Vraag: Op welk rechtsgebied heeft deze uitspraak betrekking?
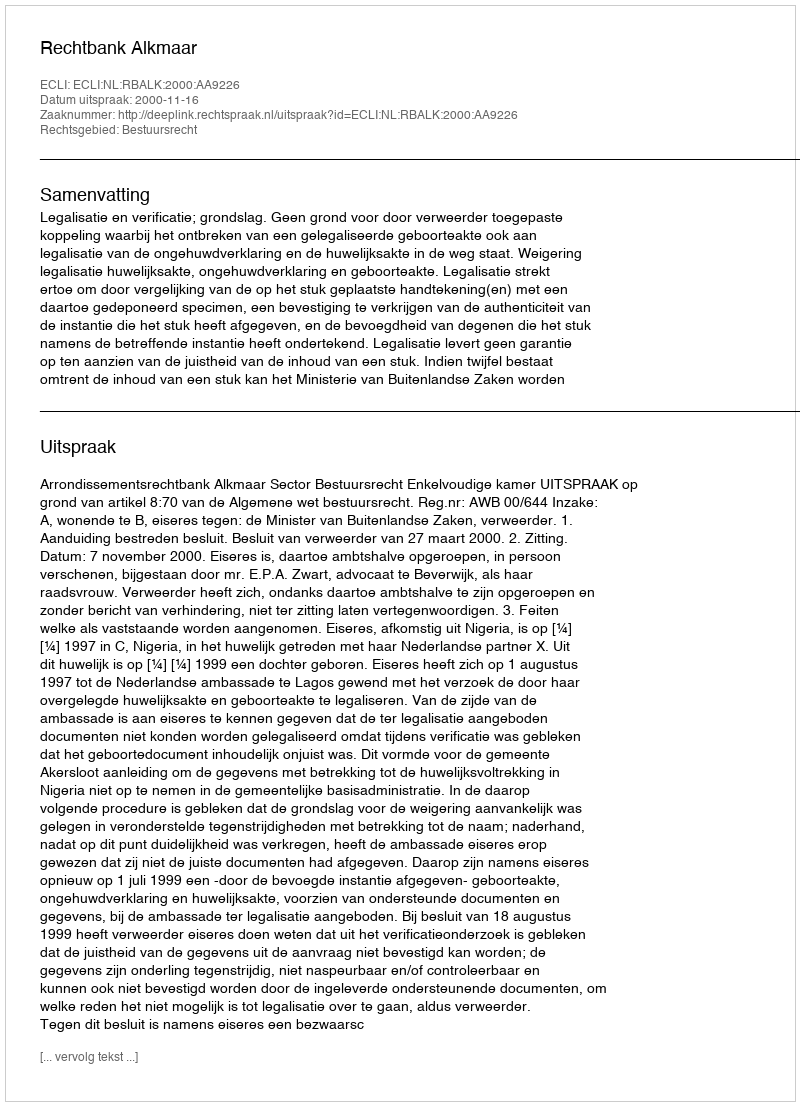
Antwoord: Bestuursrecht